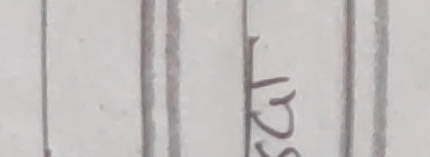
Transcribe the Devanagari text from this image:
साट